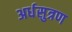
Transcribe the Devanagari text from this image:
अर्धसुत्रण